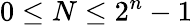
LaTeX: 0\leq N\leq 2^{n}-1